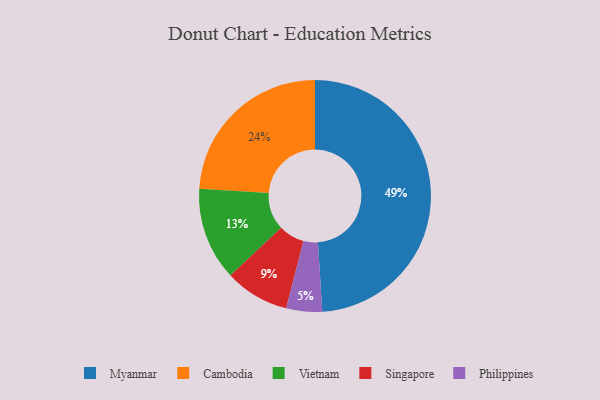
{"axis": {"x": "Category", "y": "Percentage"}, "legend": ["Cambodia", "Myanmar", "Philippines", "Singapore", "Vietnam"], "data": [{"x": "Cambodia", "y": 24, "type": "Cambodia"}, {"x": "Vietnam", "y": 13, "type": "Vietnam"}, {"x": "Myanmar", "y": 49, "type": "Myanmar"}, {"x": "Singapore", "y": 9, "type": "Singapore"}, {"x": "Philippines", "y": 5, "type": "Philippines"}]}